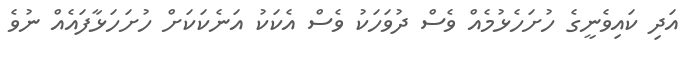
އަދި ކައިވެނީގެ ހުށަހެޅުމެއް ވެސް ދުވަހަކު ވެސް އެކަކު އަނެކަކަށް ހުށަހަޅާފައެއް ނުވެ